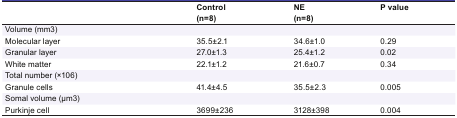
|  | Control (n=8) | NE(n=8) | P value |
 | --- | --- | --- | --- |
 | Volume (mm3) |  |  |  |
 | Molecular layer | 35.5±2.1 | 34.6±1.0 | 0.29 |
 | Granular layer | 27.0±1.3 | 25.4±1.2 | 0.02 |
 | White matter | 22.1±1.2 | 21.6±0.7 | 0.34 |
 | Total number (×106) |  |  |  |
 | Granule cells | 41.4±4.5 | 35.5±2.3 | 0.005 |
 | Somal volume (μm3) |  |  |  |
 | Purkinje cell | 3699±236 | 3128±398 | 0.004 |